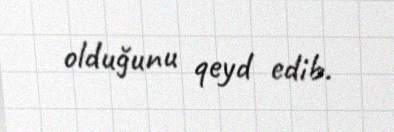
olduğunu qeyd edib.